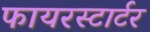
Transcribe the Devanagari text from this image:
फायरस्टार्टर